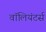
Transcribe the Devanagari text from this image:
वॉलियंटर्स